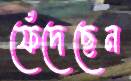
ফেঁদেছেন